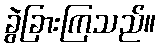
ခွဲခြားကြသည်။